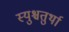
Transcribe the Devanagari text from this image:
स्युश्चतुर्था